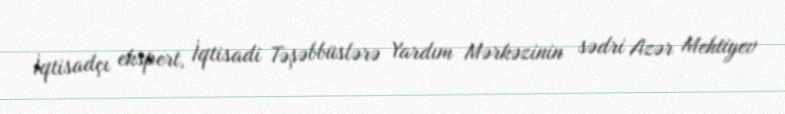
İqtisadçı ekspert, İqtisadi Təşəbbüslərə Yardım Mərkəzinin sədri Azər Mehtiyev